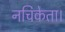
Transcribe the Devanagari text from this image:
नचिकेता।